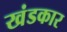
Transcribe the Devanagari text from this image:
खंडकार